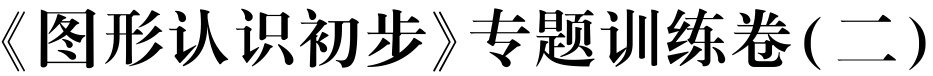
《图形认识初步》专题训练卷(二)